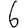
Digit: 6